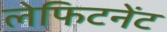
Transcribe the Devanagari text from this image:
लेफिटनेंट